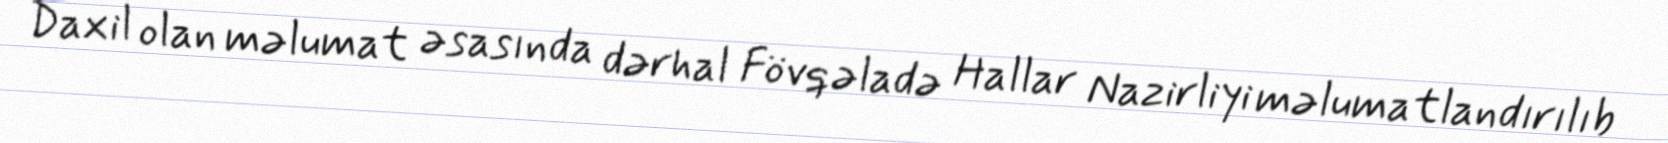
Daxil olan məlumat əsasında dərhal Fövqəladə Hallar Nazirliyi məlumatlandırılıb